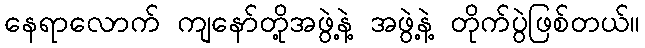
နေရာလောက် ကျနော်တို့အဖွဲ့နဲ့ အဖွဲ့နဲ့ တိုက်ပွဲဖြစ်တယ်။